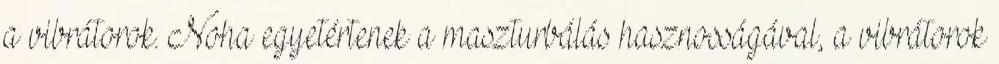
a vibrátorok. Noha egyetértenek a maszturbálás hasznosságával, a vibrátorok